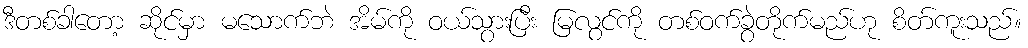
ဒီတစ်ခါတော့ ဆိုင်မှာ မသောက်ဘဲ အိမ်ကို ဝယ်သွားပြီး မြလွင်ကို တစ်ဝက်ခွဲတိုက်မည်ဟု စိတ်ကူးသည်။